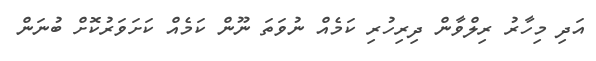
އަދި މިހާރު ރިލްވާން ދިރިހުރި ކަމެއް ނުވަތަ ނޫން ކަމެއް ކަށަވަރުކޮށް ބުނަން